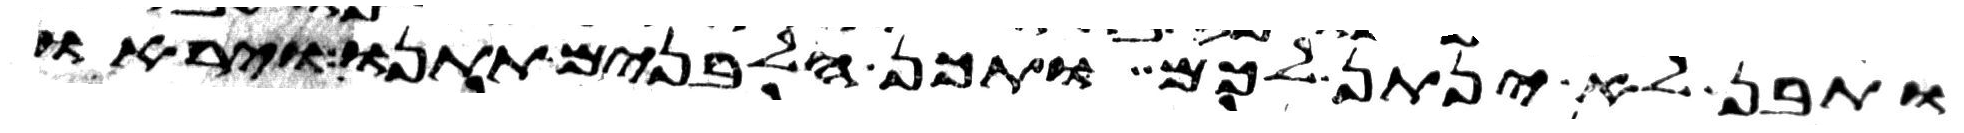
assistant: ותבן לא ינתן לכם ותכן הלבנים תתנו ויראו